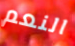
النعم